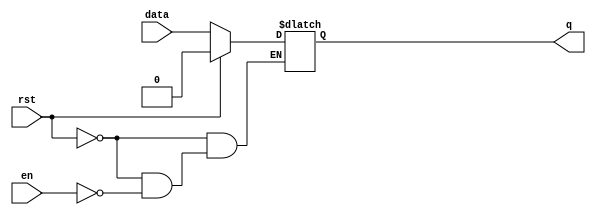
module dLatch(
    input wire data,
    input wire rst,
    input wire en,
    output reg  q
);

    always @(en or rst or data)begin
        if (rst == 1'b1)begin
            q = 1'b0;
        end
        else if (en == 1'b1) begin
            q = data;
        end
    end
endmodule